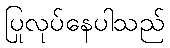
ပြုလုပ်နေပါသည်